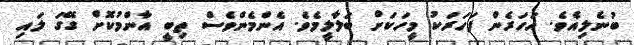
ބުނެލިއެވެ. އަހަރެން ފަހަރަކު މީހަކަށް ބަލާލީމެވެ. އެންމެންވެސް ތިބީ އާންމުކޮށް ގޭގަ ލައި